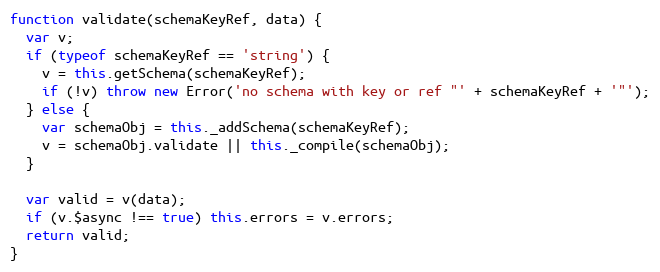
Language: JavaScript
function validate(schemaKeyRef, data) {
  var v;
  if (typeof schemaKeyRef == 'string') {
    v = this.getSchema(schemaKeyRef);
    if (!v) throw new Error('no schema with key or ref "' + schemaKeyRef + '"');
  } else {
    var schemaObj = this._addSchema(schemaKeyRef);
    v = schemaObj.validate || this._compile(schemaObj);
  }

  var valid = v(data);
  if (v.$async !== true) this.errors = v.errors;
  return valid;
}